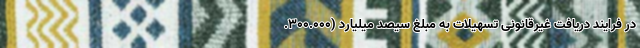
در فرایند دریافت غیرقانونی تسهیلات به مبلغ سیصد میلیارد (۳۰۰.۰۰۰.